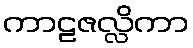
ကာဠဇလ္လိကာ